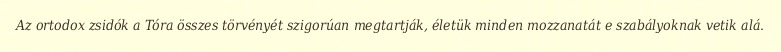
Az ortodox zsidók a Tóra összes törvényét szigorúan megtartják, életük minden mozzanatát e szabályoknak vetik alá.